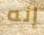
إنه